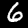
Digit: 6